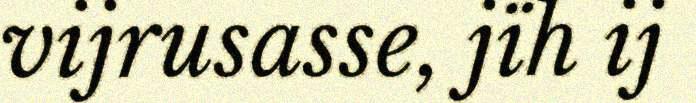
vijrusasse, jïh ij